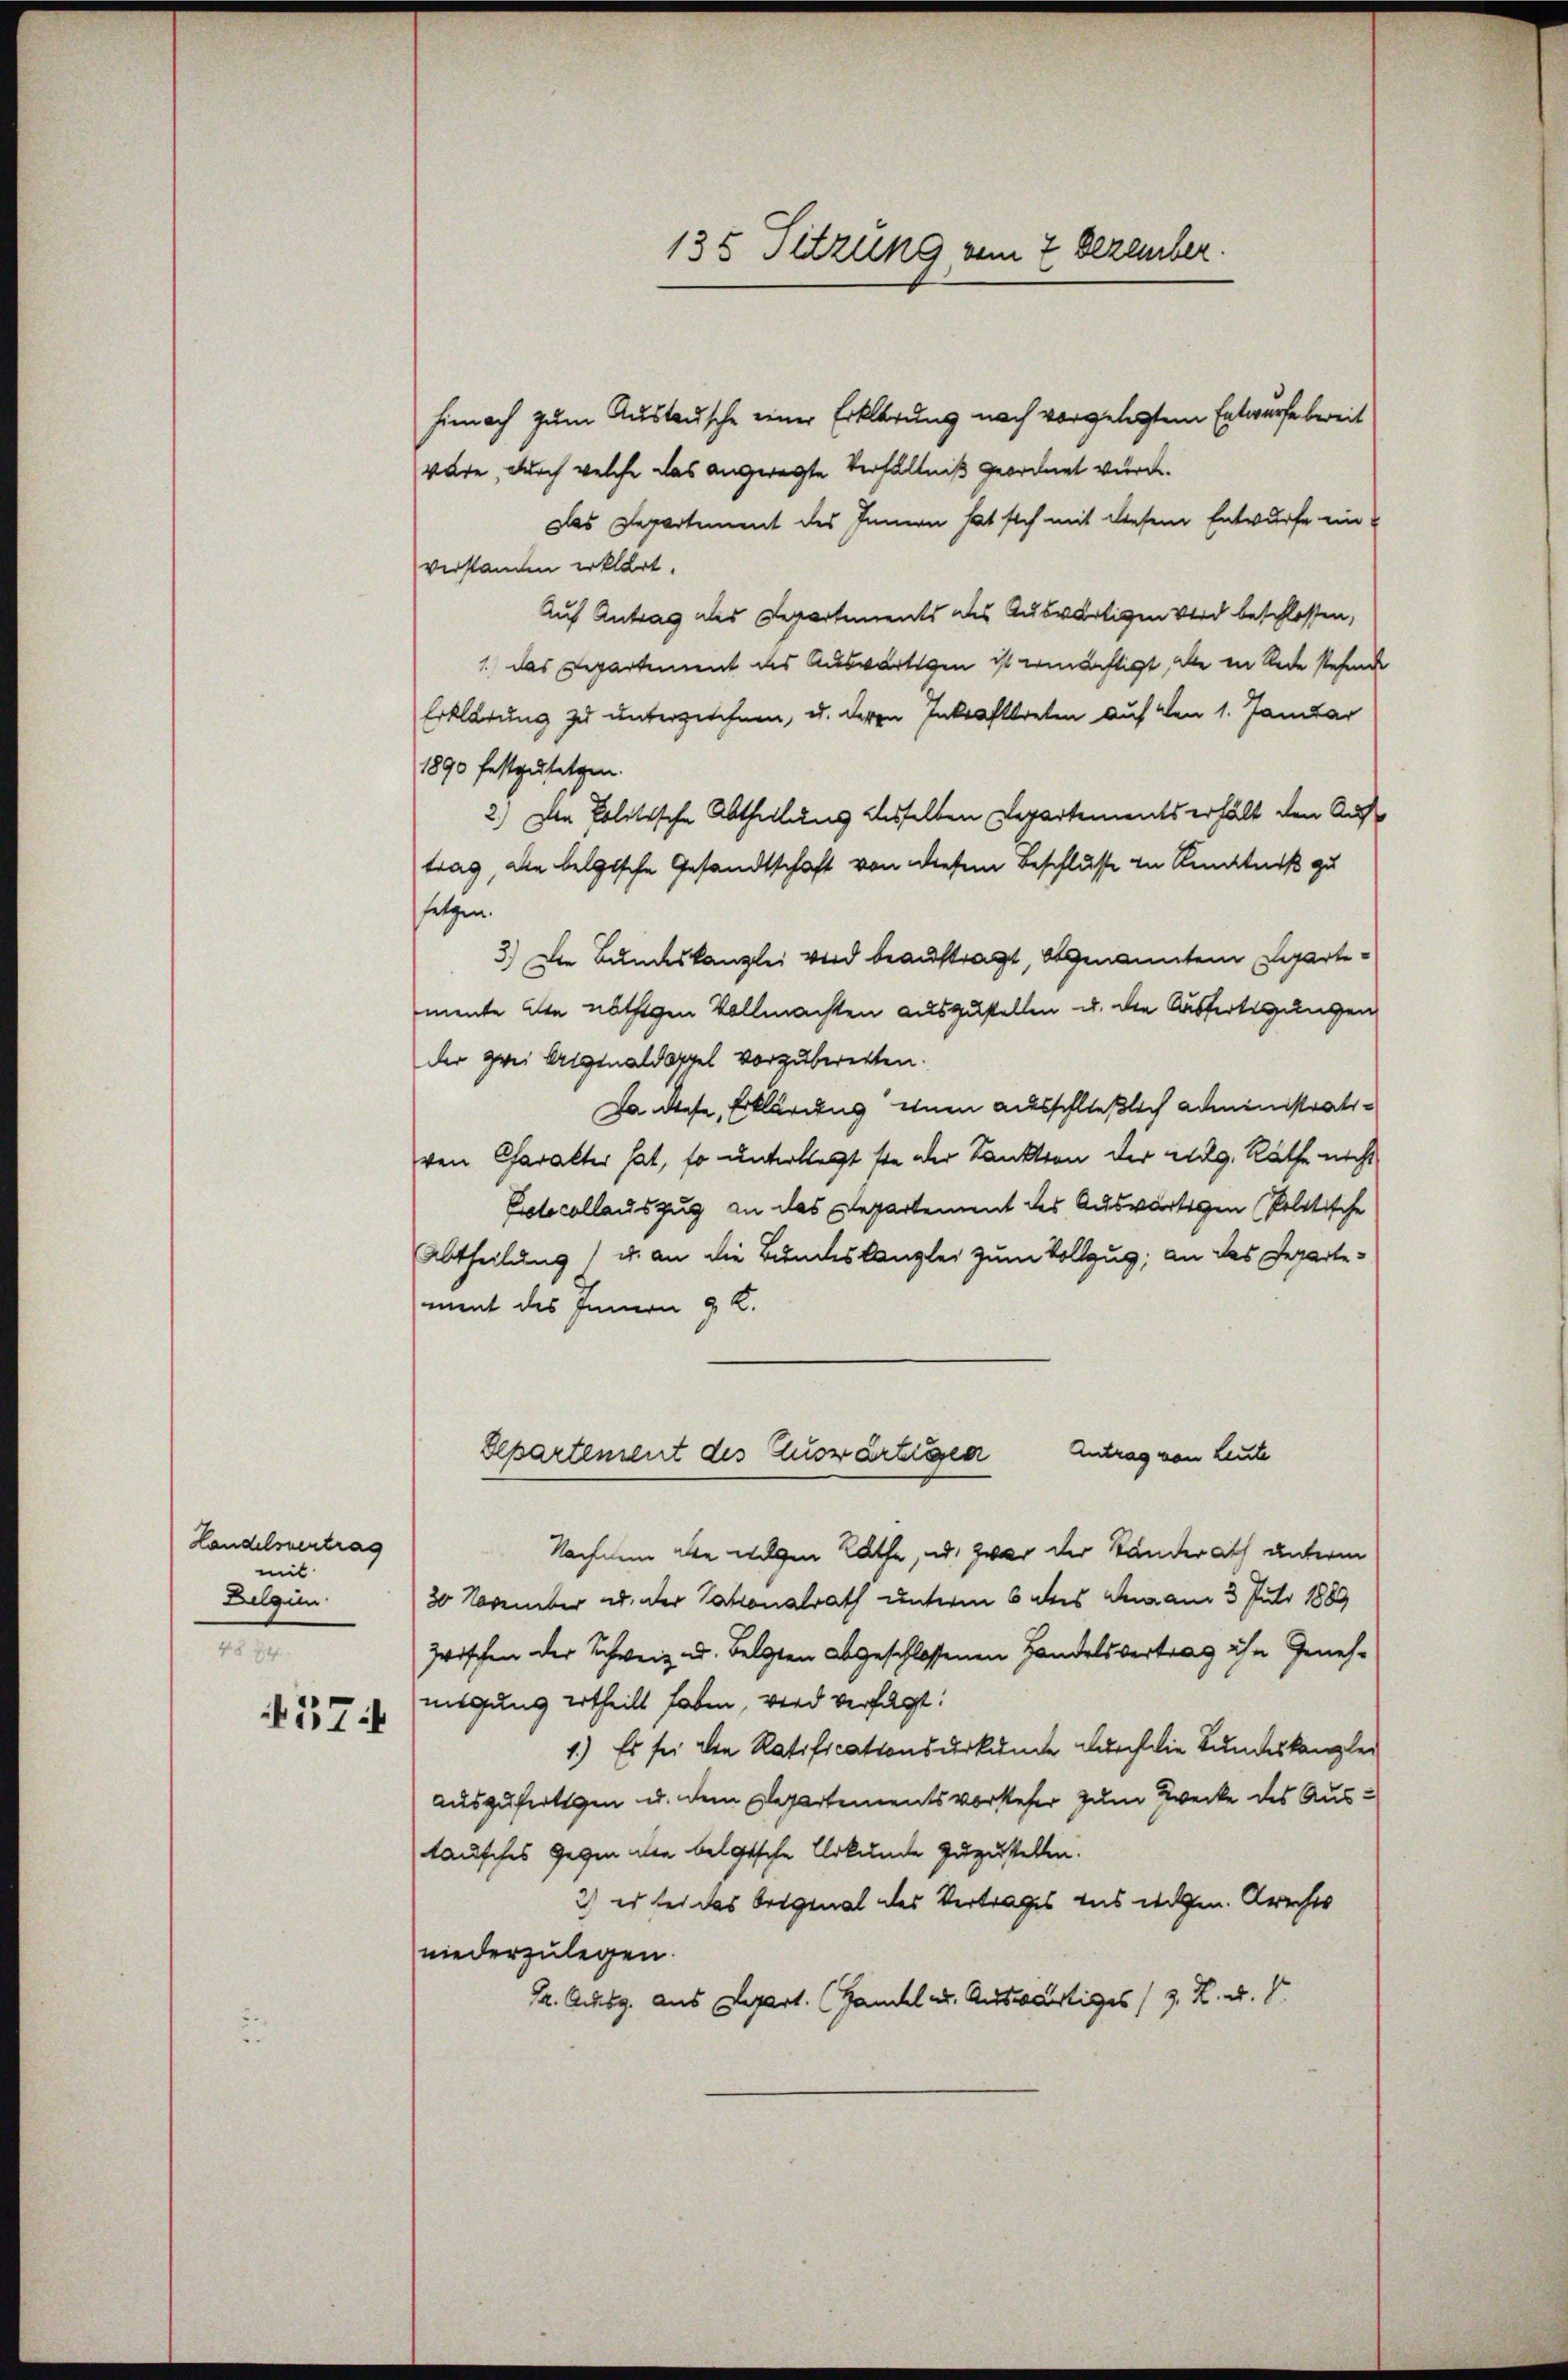
Landelsvertrag
mil
Belgien.
e
574

135 Sitzung vom 2. Dezember.

hinnach zum Austausche einer Erklärung nach vorgelegtem Entwurfe bereit
wäre, durch welche das angeregte Verhältniß geordnet wurde.
Das Departement des Innern hat sich mit diesem Entwurfe ein
verstanden erklärt.
Auf Antrag des Repartements des Auswärtigen Verd beschlossen,
1. das Departement des Auswärtigen ist ermächtigt, die in Rede stehende
Erklärung zu unterzeichnen, u. deren Inkrafttreten auf den 1. Januar
1890 festzusetzen.
2.) Da Politische Abtheilung desselben Departements erhält den Auftrag, die belgische Gesandtschaft von diesem Beschlusse in Kenntniß zu
folgen.
3.) Die Bundeskanzlei wird beauftragt, obgenannten Repartemente die nöthigen Vollmachten auszustellen u. die Ausfertigungen
der zwei Ariginaldoppel vorzuberetten.
Ja diese Erklärung einen ausschließlich administrativon Charakter hat, so unterliegt ste der Sanktion der Reg. Räthe nicht
Protocollauszug an das Departement des Auswärtigen Politische
Abtheilung) u. an die Bundeskanzlei zum Vollzug, an das Departement des Innern 4 K.
Separtement des Zuswärtigen Antrag von Leute
Nachdem die wegen Rathe, ad. zwar der Ständerath unterm
30 November u. der Tationalrath unterm 6 des den am 3. Juli 1889
zwischen der Schweiz u. Folgten abgeschlossenen Handelsvertrag ihn Genehmigung ertheilt haben, wird verfügt:
1.) Es sei den Ratificationsurkunde durch die Bundeskanzlei
auszufertigen u. dem Departementsvorsteher zum Zwecke des Austausches Gegen den belgische Urkunde zuzustellen.
2) es sei das Original des Vertrages aus wegen. Archis
niederzulegen.
Ph. Achsg. aus Depart. (Handel u. Auswärtiges z. R. u. S.